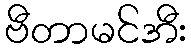
ဗီတာမင်အီး